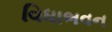
વિધાભવન